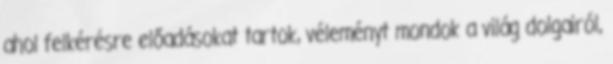
ahol felkérésre előadásokat tartok, véleményt mondok a világ dolgairól,